Annual administration report of the Civil Veterinary Department of India - 1895-1896
Year: 1895
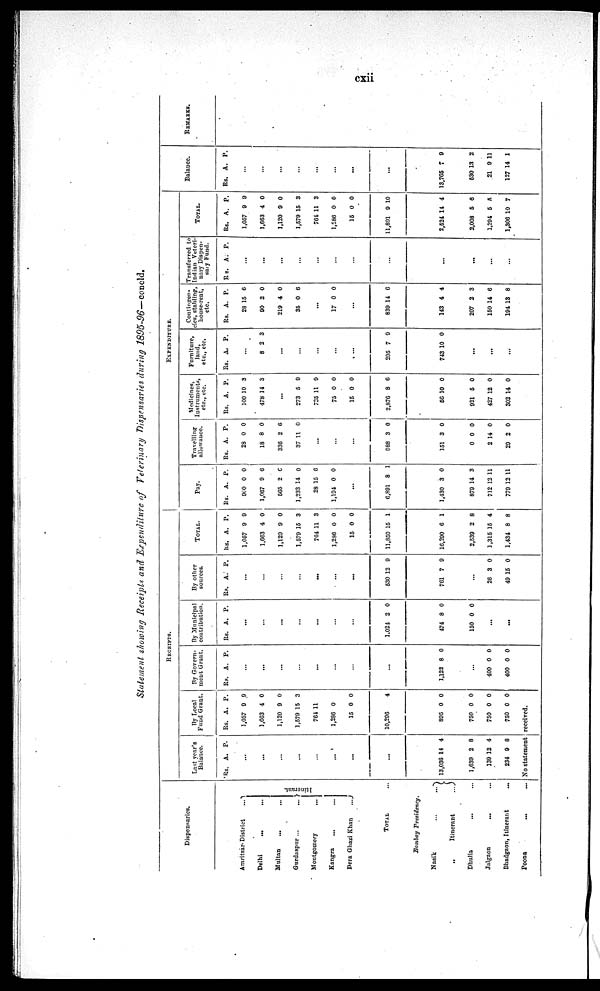
cxii
Statement showing Receipts and Expenditure of Veterinary Dispensaries during 1895-96—concld.
Dispensaries.
Amritsar-District ...
Delhi ... ...
Multan ... ...
Gurdaspur ... ...
Montgomery ... ...
Kangra ... ...
Dcra Ghazi Khan ...
I t
i
ner ant .
TOTAL ...
...
RECEIPTS.
Last year's
Balance.
Rs.
A. P.
...
...
...
...
...
...
...
...
By Local
Fund Grant.
Rs.
1,057
1,663
1,120
1,579
764
1,286
15
10,296
A.
9
4
9
15
11
0
0
P.
9
0
0
3
0
4
By Govern-
ment, Grant.
Rs.
A.
P.
...
...
...
...
...
...
...
...
By Municipal
contribution.
Rs.
A. P.
...
...
...
...
...
...
...
1.024 2 0
By other
sources.
Rs.
A. P.
...
...
...
...
...
...
...
530 12 9
TOTAL.
Rs.
1.057
1,663
1,129
1,579
7G4
1,236
15
11,850
A.
9
4
9
15
11
0
0
15
P.
9
0
0
3
3
0
0
1
EXPENDITURE.
Pay.
Rs.
900
1,067
565
1,233
28
1,191
A.
0
9
2
14
15
0
P.
0
6
6
0
6
0
...
6,891 8 1
Travelling
allowance.
Rs.
28
18
336
37
A.
0
8
2
11
P.
0
0
6
0
...
...
...
988 3 0
Medicines,
Instruments,
etc., etc.
Rs.
100
478
...
273
735
75
15
2,876
A.
10
14
5
11
0
0
8
P.
3
3
9
9
0
0
6
Furniture
land
etc.,etc.
Rs.
A. P.
...
8 2 3
...
...
...
...
...
295 7 9
Contingen-
cies, stabling,
house-rent,
etc.
Rs.
28
90
219
35
A.
15
2
4
0
P.
6
0
0
6
...
17 0 0
...
839 14 6
Transferred to
Indian Veteri-
nary Dispcn-
saiy Fund.
Rs. A. P.
...
...
...
...
...
...
...
...
TOTAL.
Rs.
1,057
1,663
1,120
1,579
764
1,286
15
11,891
A.
9
4
9
15
11
0
0
9
P.
9
0
0
3
3
0
0
10
Balance.
Rs. A. P.
...
...
...
...
...
...
...
...
Bombay Presidency. ...
Nasik ... ...
„
Itinerant
...
Dhulia ... ...
Jalgaon ... ...
Bhadgaon, Itinerant
...
Poona ...
13,036
1,639
139
234
14
2
12
9
4
8
4
8
895
750
750
750
0
0
0
0
0
0
0
0
No statement received.
1,122 8 0
...
400
400
0
0
0
0
474
150
8
0
0
0
...
...
761 7 9
...
26
49
3
15
0
0
16,200
2,539
1,315
1,434
6
2
15
8
1
8
4
8
1,430
879
712
779
3
14
12
12
0
3
11
11
151
0
2
29
3
0
14
2
0
0
0
0
56
921
427
302
10
5
12
14
0
0
0
0
743 10 0
...
...
...
143
207
150
194
4
2
14
13
4
3
6
8
...
...
...
...
2,524
2,008
1,294
1,306
14
5
5
10
4
6
5
7
13,765
630
21
127
7
13
9
14
9
2
11
1
REMARKS.